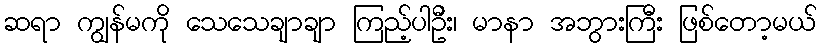
ဆရာ ကျွန်မကို သေသေချာချာ ကြည့်ပါဦး၊ မာနာ အဘွားကြီး ဖြစ်တော့မယ်